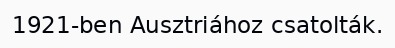
1921-ben Ausztriához csatolták.